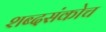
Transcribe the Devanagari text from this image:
शब्दसंकोच